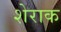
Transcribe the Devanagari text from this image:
शेराक